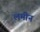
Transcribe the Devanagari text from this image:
लमीन